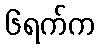
၆ရက်က